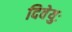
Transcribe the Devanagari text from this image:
दिवेयुः